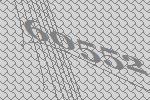
60552